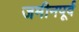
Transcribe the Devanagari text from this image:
जमीनपूर्व